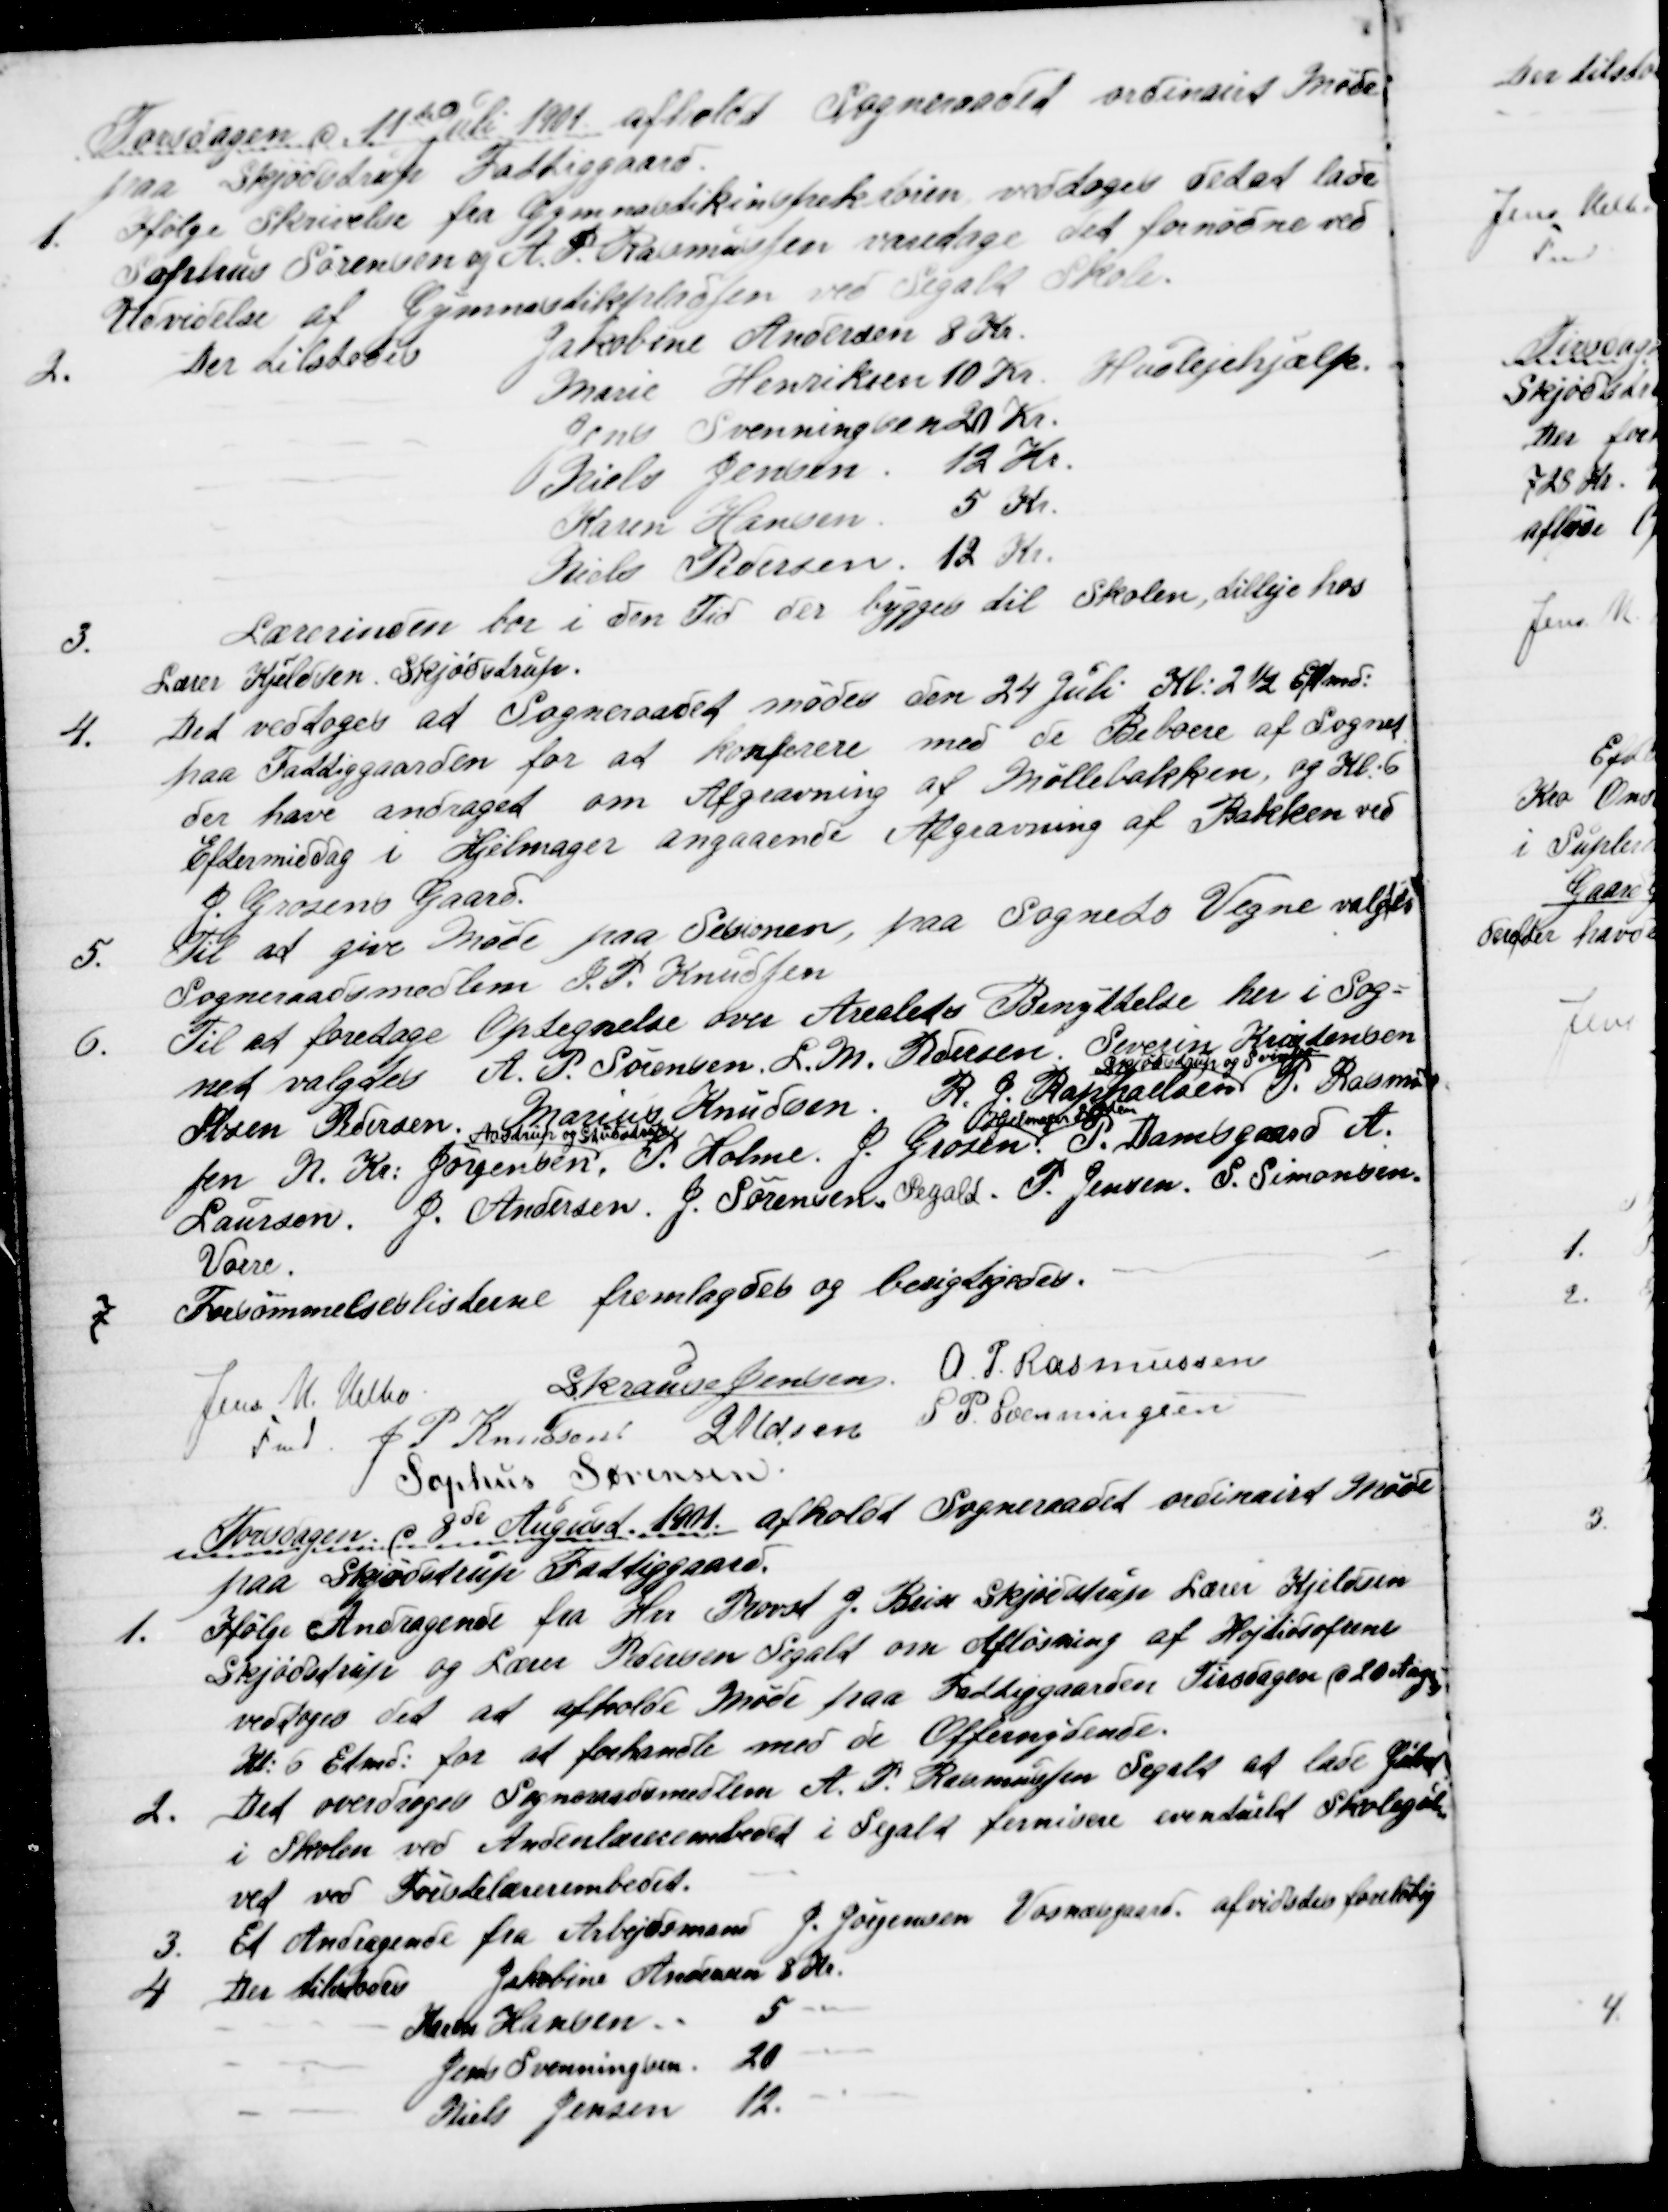
Transskription:
Torsdagen d. 11te juli1901 afholdt Sogneraadet ordinairt Møde
paa Skjødstrup Fattiggaard.
1.
Ifølge Skrivelse fra Gymnastikinspektøren vedtoges ved at lade
Sophus Sørensen og A. P. Rasmussen varetage det fornødne ved
Udvidelse af Gymnastikpladsen ved Segalt Skole.
2.
Der tilstodes
Jakobine Andersen 8 Kr.
Marie Henriksen 10 Kr Huslejehjælp.
Jens Svenningsen 20 Kr.
Niels Jensen 12 Kr.
Karen Hansen 5 Kr.
Niels Pedersen 12 Kr.
3.
Lærerinden bor i den Tid der bygges til Skolen, tilleje hos
Lærer Kjeldsen, Skjødstrup.
4.
Det vedtoges at Sogneraadet mødes den 24 Juli Kl: 2½ Eftmd:
paa Fattiggaarden for at konferere med de Beboere af Sognet
der have andraget om Afgravning af Møllebakken, og Kl. 6
Eftermiddag i Hjelmager angaaende Afgravning af Bakken ved
J. Grosens Gaard.
5.
Til at give Møde paa Sesionen, paa Sognets Vegne valgtes
Sogneraadsmedlem J. P. Knudsen
6.
Til at foretage Optegnelse over Arealets Benyttelse her i Sog=
net valgtes A. P. Sørensen, L. M. Pedersen. Severin Kristensen
Ibsen Pedersen. Marius Knudsen. R. J. Raphaelsen 
Skødstrup og Svinbo
P. Rasmus
sen N. Kr. Jørgensen, 
Aastrup og Studstrup
P. Holme. J. Grosen. 
Hjelmager Løgten
P. Damsgaard A.
Laursen. J. Andersen. J. Sørensen, Segalt. P. Jensen. S. Simonsen
Vorre.
7.
Forsømmelseslisterne fremlagdes og berigtigedes.
Jens N. Helbo
Fmd.
S. Krause Jensen. A. P. Rasmussen
J. P. Knudsen J Udsen S. P. Svenningsen
 Sophus Sørensen
Torsdagen d 8de August 1901 afholdt Sogneraadet ordinairt Møde
paa Skødstrup Fattiggaard.
1.
Ifølge Andragende fra Hrr Provst J. Brix Skjødstrup Lærer Kjeldsen
Skjødstrup og Lærer Pedersen Segalt om Afløsning af Højtidsofrene
vedtoges det at afholde Møde paa Fattiggaarden Tirsdagen d 20 August
Kl. 6 Efmd: for at forhandle med de Offernydende.
2.
Det overdroges Sogneraadsmedlem A. P. Rasmussen Segalt at lade Gulvet
i Skolen ved Andenlærerembedet i Segalt fernisere eventuelt Skolegul=
vet ved Førstelærerembedet.
3.
Et Andragende fra Arbejdsmand J. Jørgensen Vosnæsgaard afvistedes foreløbig
4
Der tilstodes Jakobine Andersen 8 Kr.
Karen Hansen
5
Jens Svenningsen 20
Niels Jensen 12.